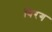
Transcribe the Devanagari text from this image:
बिरग